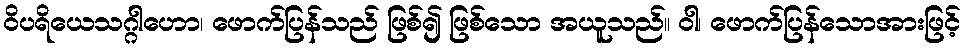
ဝိပရိယေသဂ္ဂါဟော၊ ဖောက်ပြန်သည် ဖြစ်၍ ဖြစ်သော အယူသည်။ ဝါ၊ ဖောက်ပြန်သောအားဖြင့်